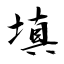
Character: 填